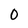
Character: 0